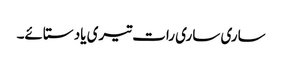
ساری ساری رات تیری یاد ستائے۔